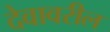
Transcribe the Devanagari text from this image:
देवावरील